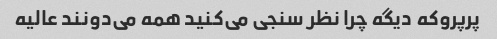
پرپروکه دیگه چرا نظر سنجی می‌کنید همه می‌دونند عالیه